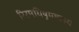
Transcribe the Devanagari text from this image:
रिरमयिषुमृष्यस्य